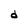
Character: d